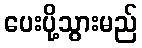
ပေးပို့သွားမည်